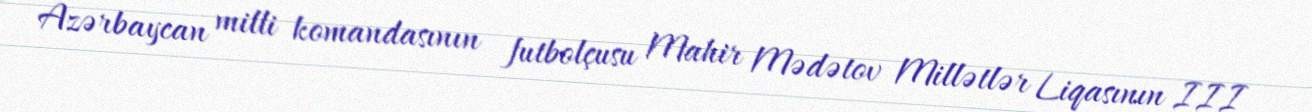
Azərbaycan milli komandasının futbolçusu Mahir Mədətov Millətlər Liqasının III